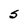
Character: S